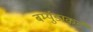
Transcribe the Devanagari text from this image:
बर्म्युडाकडे